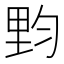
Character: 𰼙